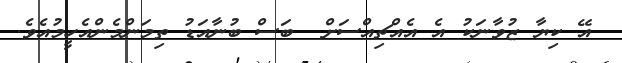
އޭ ކިޔާ ޒުވާނަކު އެ އެއްޗިއްސަށް  ބަސް ބުނާއަޑު ތިމަންމެންއެހީމުއެވެ.